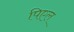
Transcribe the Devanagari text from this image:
पिएल